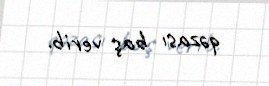
qəzası baş verib.